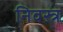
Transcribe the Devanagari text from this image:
निवस्त्र